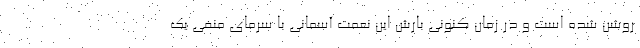
روشن شده است و در زمان کنونی بارش این نعمت آسمانی با سرمای منفی یک